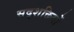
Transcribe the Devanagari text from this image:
सद्शक्तियों